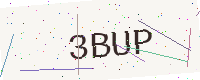
Text: 3BUP